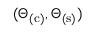
( \Theta _ { \mathrm { ( c ) } } , \Theta _ { \mathrm { ( s ) } } )